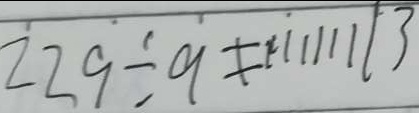
2 2 9 \div 9 \neq 1 1 1 1 1 1 1 3